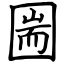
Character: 圌